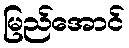
မြည်အောင်